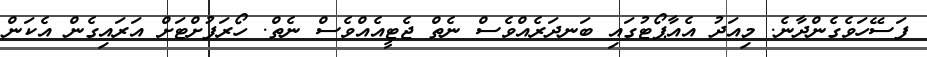
ފަސޭހަވެގެންދާނެ. މިއަދު އެއާޕޯޓުގައި ބަނދަރެއްވެސް ނެތް ޖެޓީއެއްވެސް ނެތް. ހޯރަފުށްޓަށް އަރައިގެން އެކަން